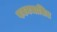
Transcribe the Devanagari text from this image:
पवनचालित